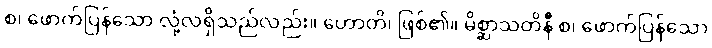
စ၊ ဖောက်ပြန်သော လုံ့လရှိသည်လည်း။ ဟောတိ၊ ဖြစ်၏။ မိစ္ဆာသတိနီ စ၊ ဖောက်ပြန်သော